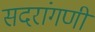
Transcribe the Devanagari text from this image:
सदरांगणी